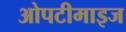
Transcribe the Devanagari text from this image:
ओपटीमाइज